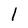
Character: l